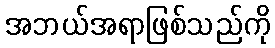
အဘယ်အရာဖြစ်သည်ကို